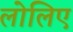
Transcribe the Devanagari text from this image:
लोलिए